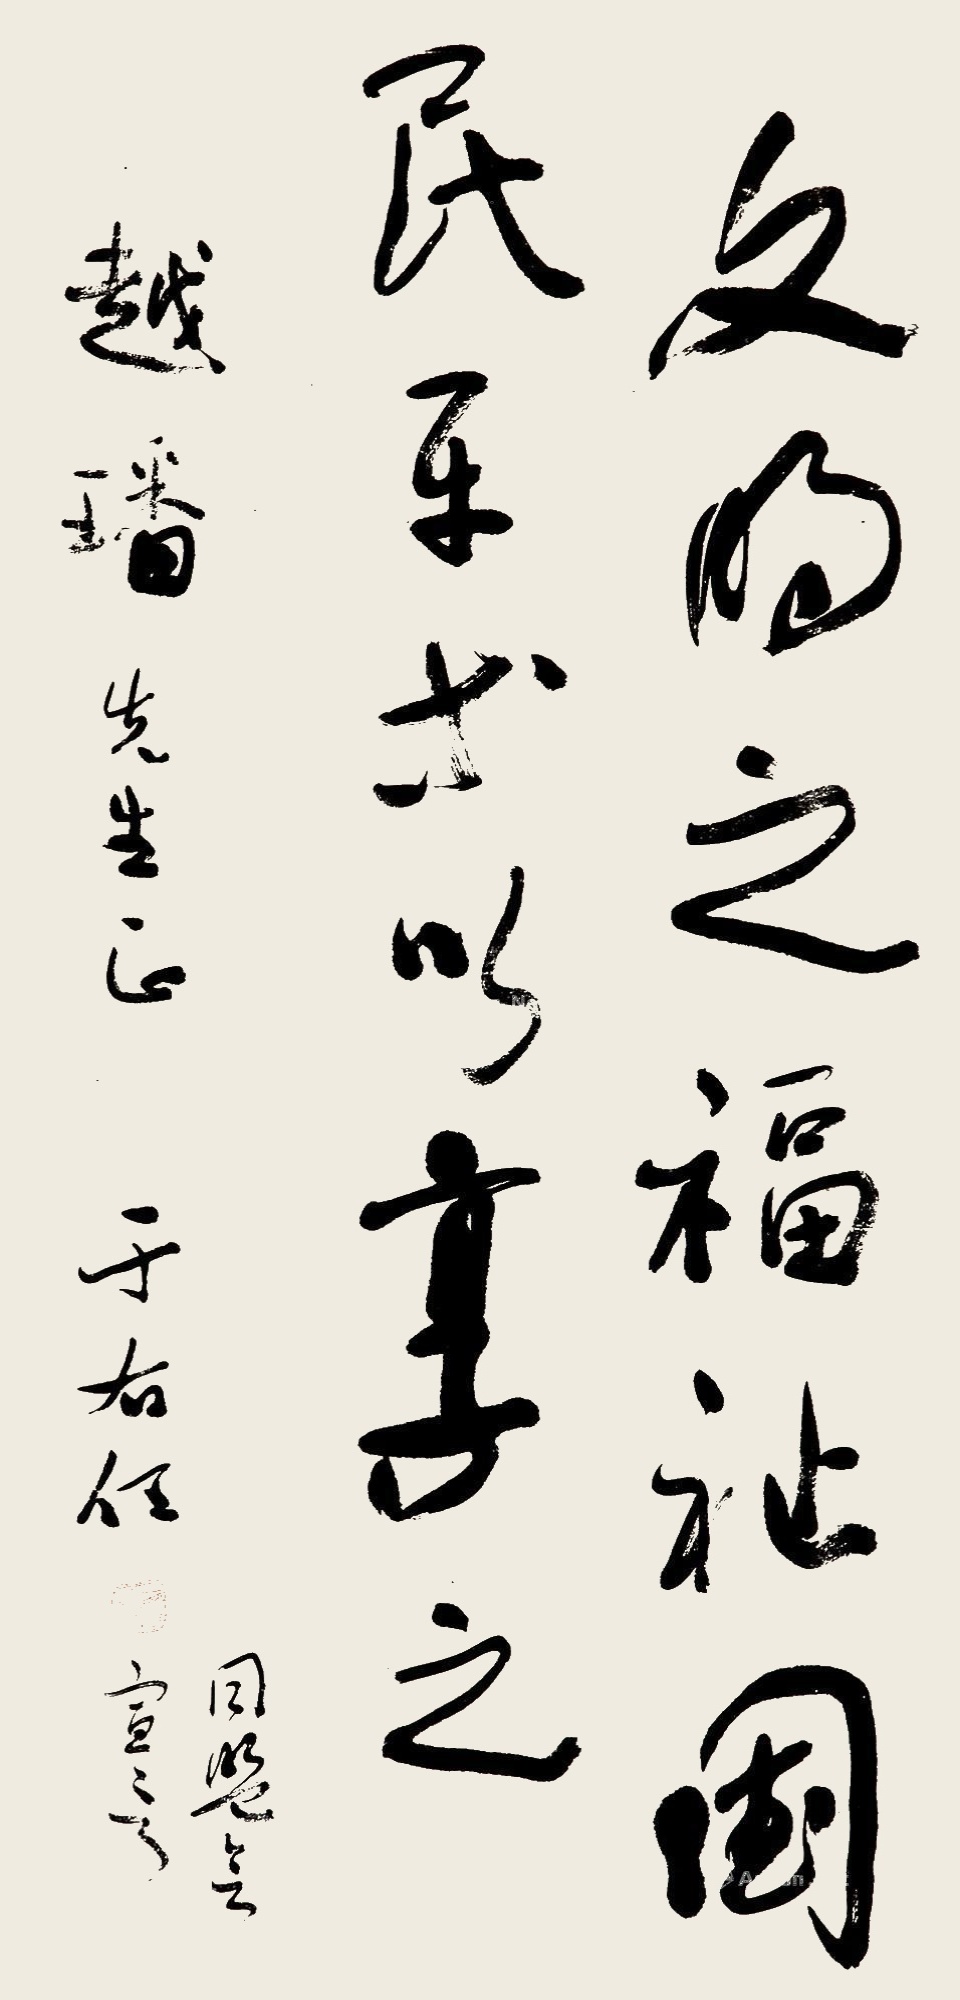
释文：文明之福祉，国民平等以享之。同盟会宣号。越璠先生正，于右任。